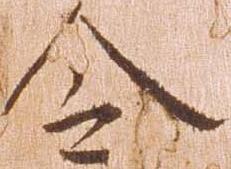
令